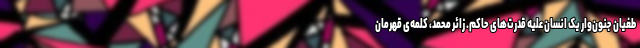
طغیان جنون‌وار یک انسان علیه قدرت‌های حاکم. زائر محمد، کلمه‌ی قهرمان